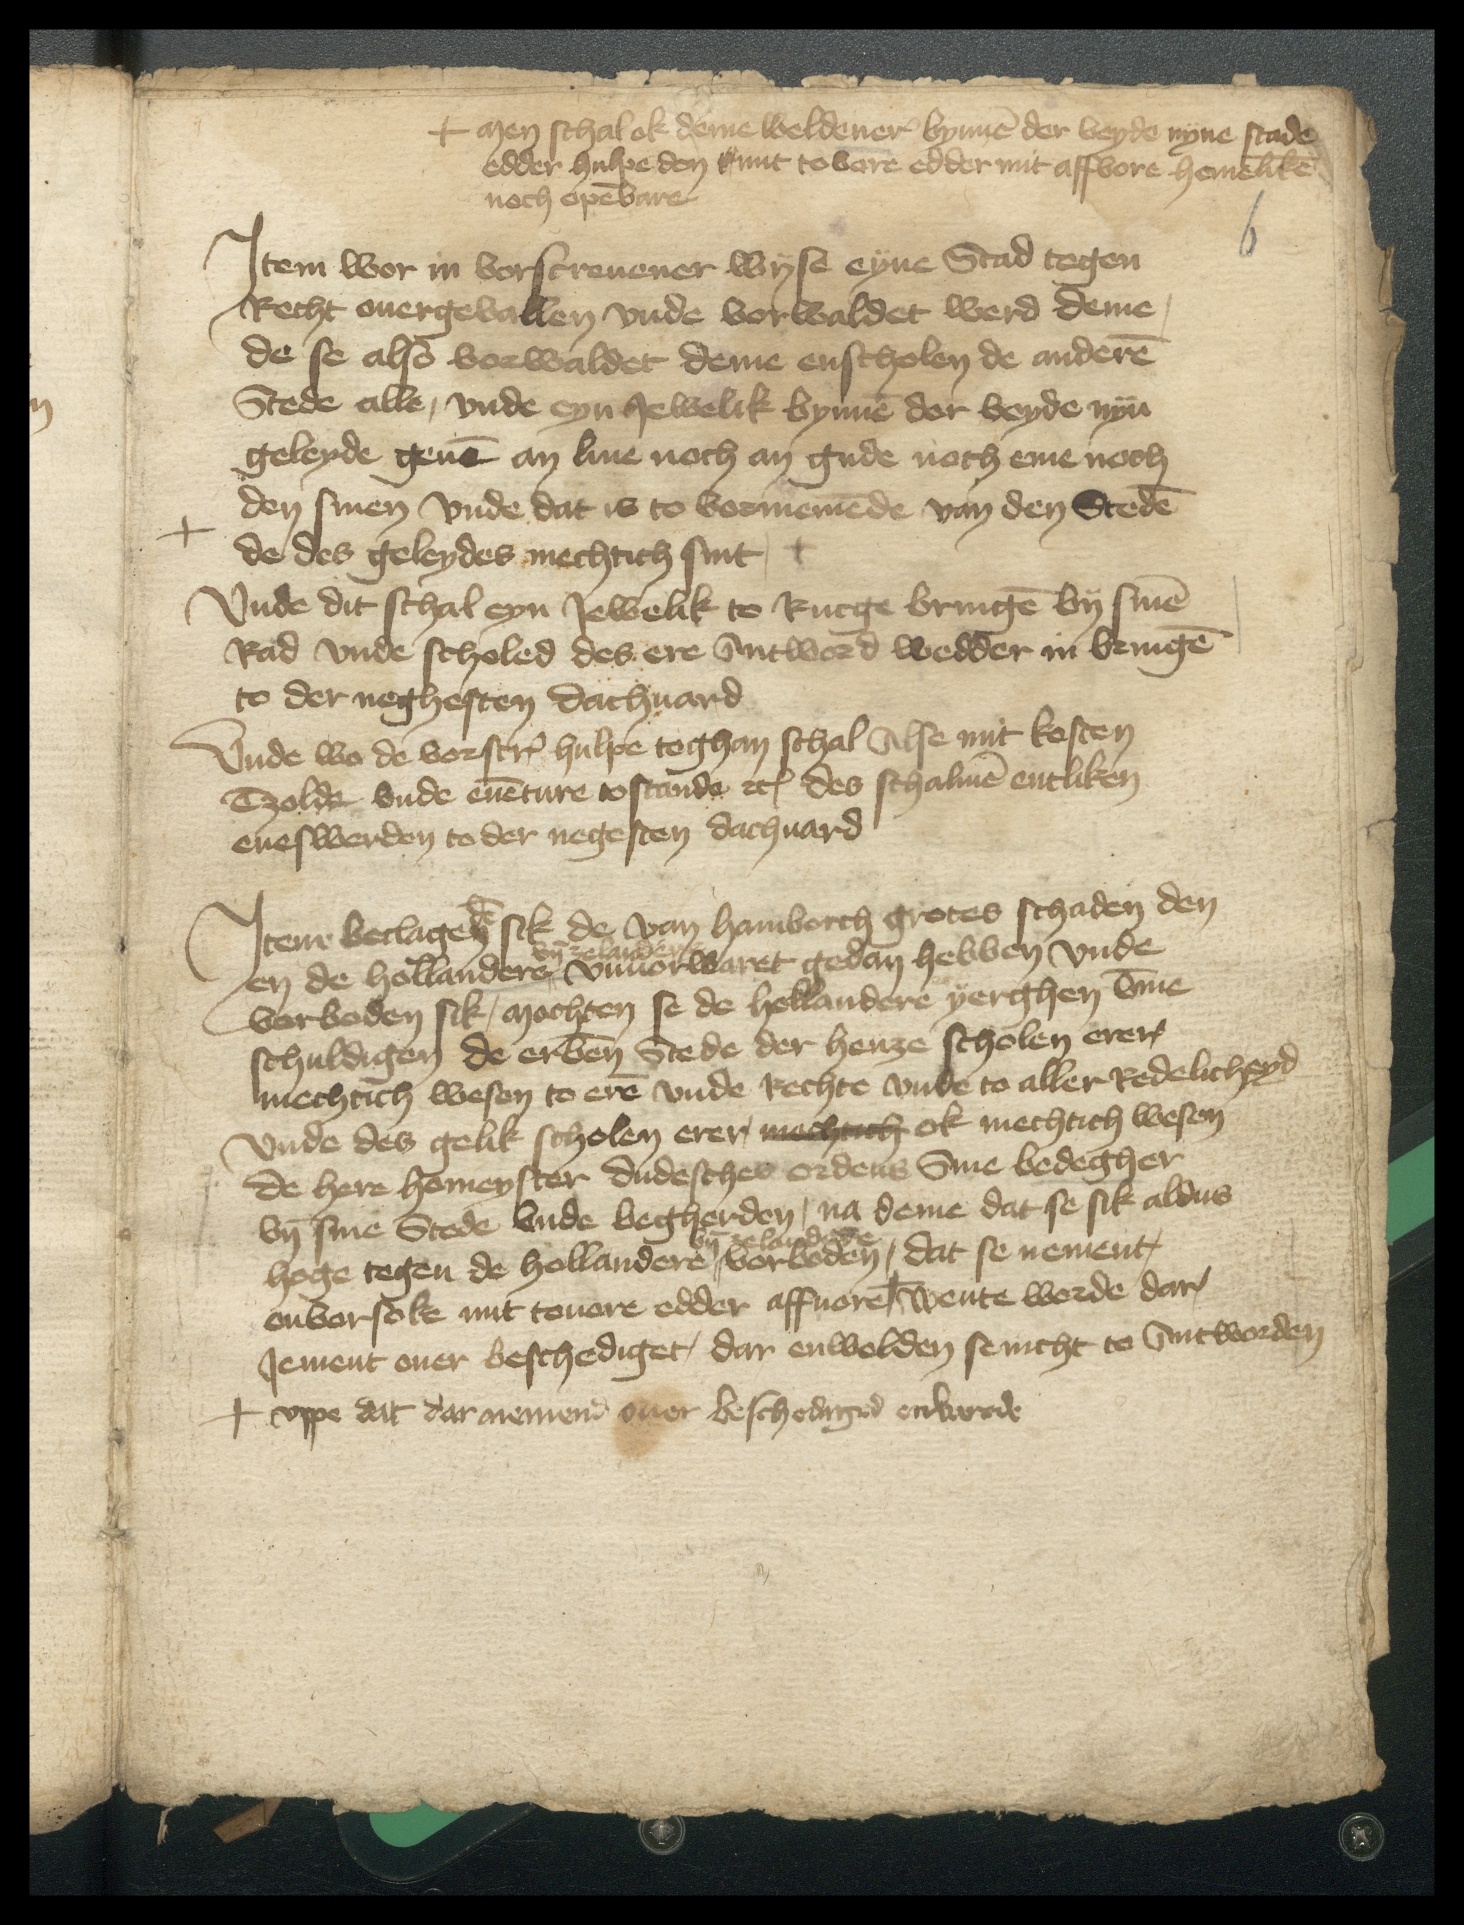
+men schal ok deme weldener bynnen der veyde nyne scade
edder hulpe don sunt to vore edder mit affvore hemeliken
noch openbare

Jtem wor in vorscreuener wyse eyne Stad tegen
Recht ouergevallen vnde vorwaldet werd deme
de se also vorwaldet deme enscholen de anderen
Stede alle, vnde eyn Jewelik bynnen der beyde nyn
geleyde geuen an liue noch an gude noch eme noch
den sinen vnde dat is to vormemende van den Steden
de des geleydes mechtich sint, +
Vnde dit schal eyn Jewelik to Rucge bringen by sinen
Rad vnde scholed des ere Antword wedder in bringen
to der neghesten dachuard
Vnde wo de vorscreuen hulpe toghan schal Alse mit kosten
Tzolde vnde euenture tostande etcetera des schalmen entliken
eneswerden to der negesten dachuard

Jtem beclageden sik de van Hamborch grotes schaden den
vnde Zelandere
en de Hollandere ^ vnuorwwaret gedan hebben vnde
vorboden sik, mochten se de Hollandere yerghen vmme
schuldigen de erbenomden Stede der henze scholen erer
mechtich wesen to eren vnde Rechte vnde to aller Redelicheyd
vnde des gelik scholen erer machtich ok mechtich wesen
de here Homeyster dudesches ordens Sine bedegher
vnde sine Stede vnde begherden, na deme dat se sik aldus
vnde Zelandere
hoge tegen de Hollandere " vorboden, dat se nement
oonvorsoke mit touore edder affuore + wente werde dar
Jement ouer beschediget, dar enwolden se nicht to Antworden

+ vppe dat dar nememe ouer beschediged enwerde